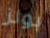
بولز